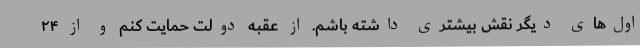
اول‌های دیگر نقش بیشتری داشته باشم. از عقبه دولت حمایت کنم و از ۲۴